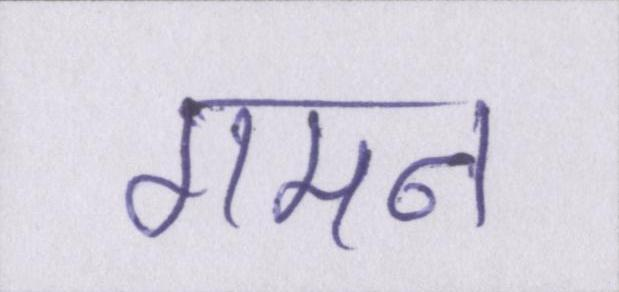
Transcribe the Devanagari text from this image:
गमन